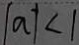
\vert a \vert < 1